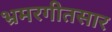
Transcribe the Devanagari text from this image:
भ्रमरगीतसार